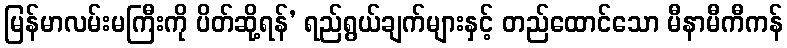
မြန်မာလမ်းမကြီးကို ပိတ်ဆို့ရန်’ ရည်ရွယ်ချက်များနှင့် တည်ထောင်သော မီနာမီကီကန်